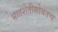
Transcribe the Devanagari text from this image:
भातशेतीसोबतच